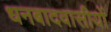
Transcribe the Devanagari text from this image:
धनबादवासीयों